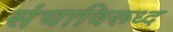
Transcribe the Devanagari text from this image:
संघाविरूध्द